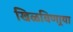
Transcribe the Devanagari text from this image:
खिळविणार्‍या